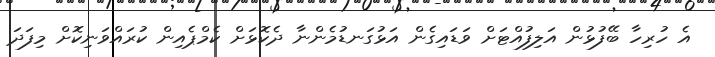
އެ ހުރިހާ ބޭފުޅުން އަލިފުއްޓަށް ވަޑައިގެން އަޅުގަނޑުމެންނާ ދެކޮޅަށް ކެމްޕެއިން ކުރައްވަނިކޮށް މިފަދަ